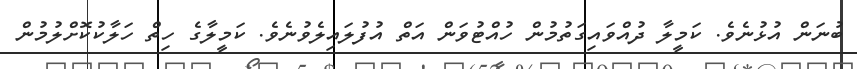
ބުނަން އުޅުނެވެ. ކަމީލާ ދުއްވައިގަތުމުން ހުއްޓުވަން އަތް އުފުލައިލެވުނެވެ. ކަމީލާގެ ހިތް ހަލާކުކޮށްލުމުން